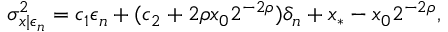
\begin{array} { r } { \sigma _ { x | \epsilon _ { n } } ^ { 2 } = c _ { 1 } \epsilon _ { n } + ( c _ { 2 } + 2 \rho x _ { 0 } 2 ^ { - 2 \rho } ) \delta _ { n } + x _ { * } - x _ { 0 } 2 ^ { - 2 \rho } , } \end{array}